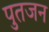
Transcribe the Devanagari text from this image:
पुतजन